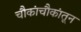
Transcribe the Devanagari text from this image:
चौकांचौकांतून